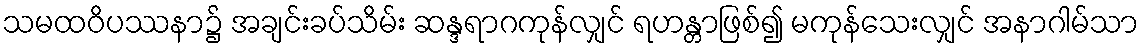
သမထဝိပဿနာ၌ အချင်းခပ်သိမ်း ဆန္ဒရာဂကုန်လျှင် ရဟန္တာဖြစ်၍ မကုန်သေးလျှင် အနာဂါမ်သာ